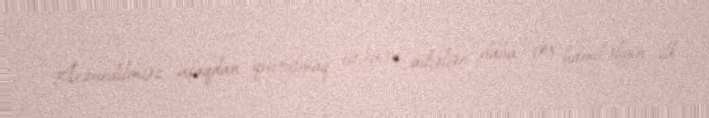
Arzuedilməz uşaqdan qurtulmaq istəyən ailələr daha çox hamiləliyin ilk